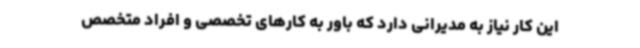
این کار نیاز به مدیرانی دارد که باور به کارهای تخصصی و افراد متخصص